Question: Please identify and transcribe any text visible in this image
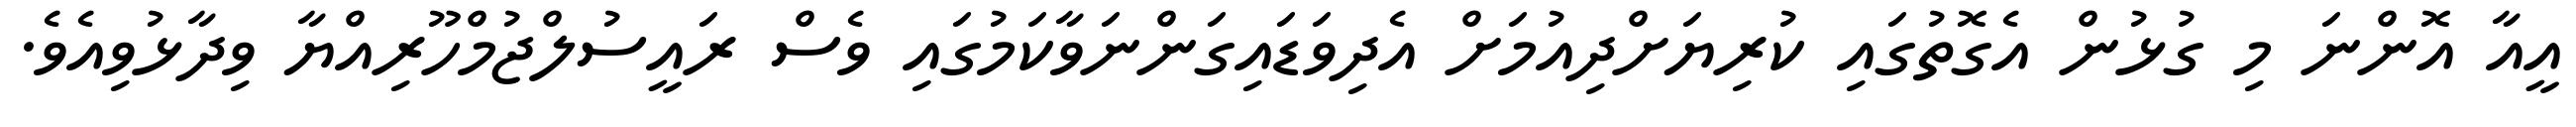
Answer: އީއާ އޮންނަ މި ގުޅުން އެގޮތުގައި ކުރިޔަށްދިއުމަށް އެދިވަޑައިގަންނަވާކަމުގައި ވެސް ރައީސުލްޖުމްހޫރިއްޔާ ވިދާޅުވިއެވެ.